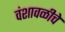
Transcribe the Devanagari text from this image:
वंशावळीचे